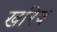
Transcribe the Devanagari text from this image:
खरिब